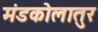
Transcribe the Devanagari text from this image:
मंडकोलातुर